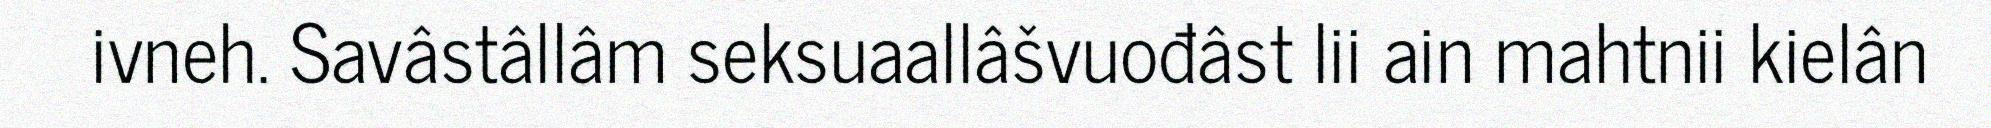
ivneh. Savâstâllâm seksuaallâšvuođâst lii ain mahtnii kielân